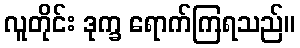
လူတိုင်း ဒုက္ခ ရောက်ကြရသည်။